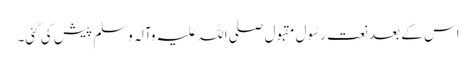
اس کے بعد نعت رسُول مقبول صلی اللہ علیہ وآلہ وسلم پیش کی گئی۔